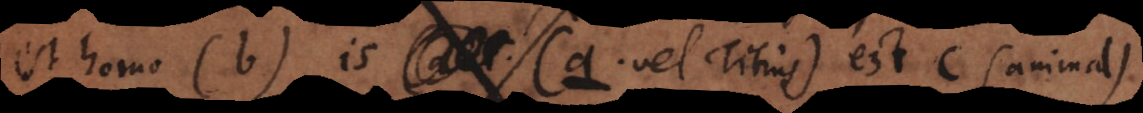
homo (b) is (a vel Titius) est c (animal).